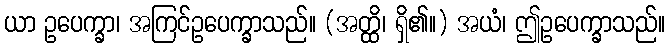
ယာ ဥပေက္ခာ၊ အကြင်ဥပေက္ခာသည်။ (အတ္ထိ၊ ရှိ၏။) အယံ၊ ဤဥပေက္ခာသည်။